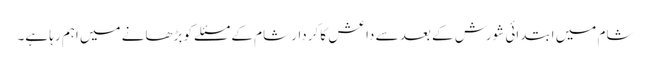
شام میں ابتدائی شورش کے بعد سے داعش کا کردار شام کے مسئلے کو بڑھانے میں اہم رہا ہے۔